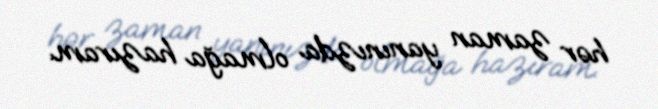
hər zaman yanınızda olmağa hazıram.